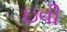
ઇવી